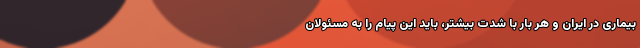
بیماری در ایران و هر بار با شدت بیشتر، باید این پیام را به مسئولان